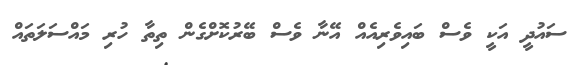
ސައުދީ އަކީ ވެސް ބައިވެރިއެއް އޭނާ ވެސް ބޭރުކޮށްގެން ތިތާ ހުރި މައްސަަލަތައް